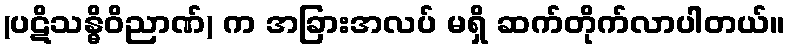
(ပဋိသန္ဓိဝိညာဏ်) က အခြားအလပ် မရှိ ဆက်တိုက်လာပါတယ်။